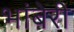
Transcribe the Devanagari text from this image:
भांबेरी